Source: Handwritten
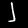
Digit: ၂ (2)